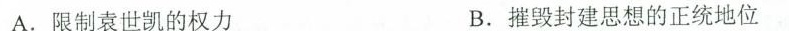
A.限制袁世凯的权力 B.摧毁封建思想的正统地位